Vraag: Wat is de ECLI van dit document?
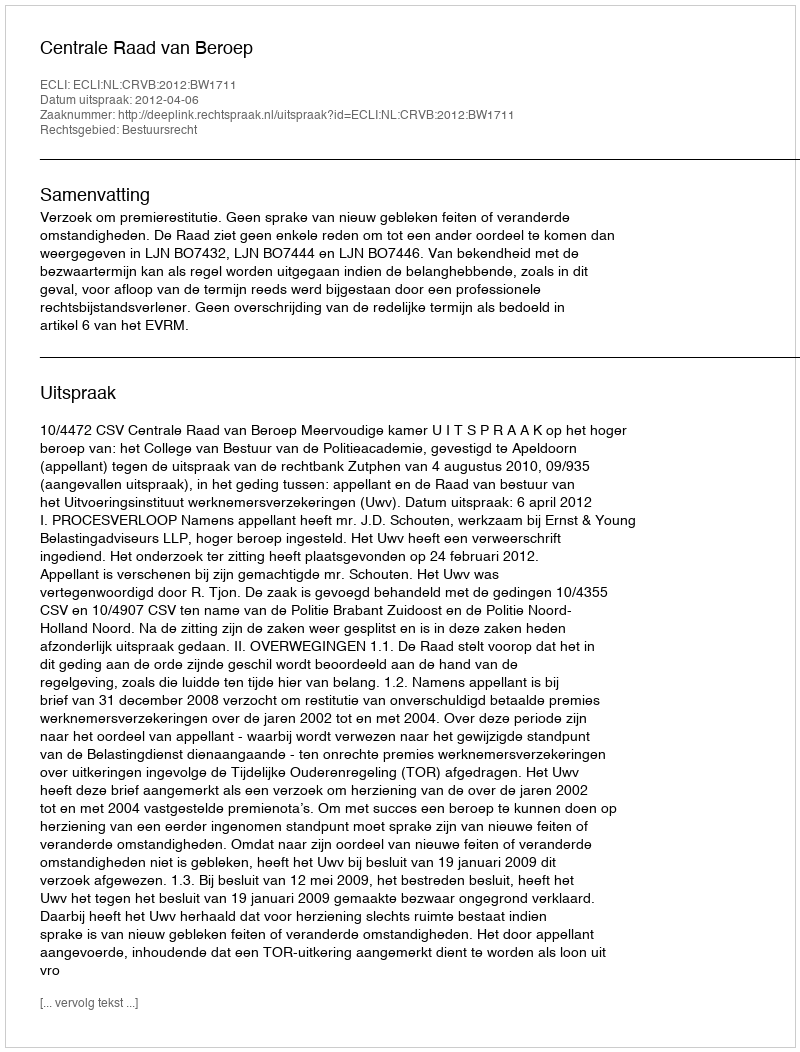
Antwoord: ECLI:NL:CRVB:2012:BW1711